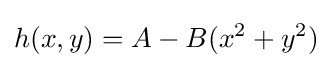
h(x,y)=A-B(x^{2}+y^{2})